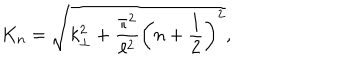
K _ { n } = \sqrt { k _ { \bot } ^ { 2 } + \frac { \pi ^ { 2 } } { \ell ^ { 2 } } \left( n + \frac { 1 } { 2 } \right) ^ { 2 } } ,